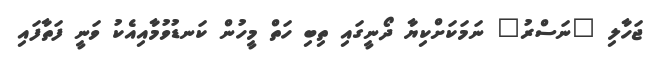
ޖަހާލި "ނަސްރު" ނަމަކަށްކިޔާ ދޯނީގައި ތިބި ހަތް މީހުން ކަނޑުވުމާއިއެކު ވަނީ ފަތާފައި